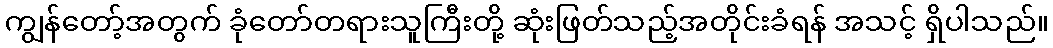
ကျွန်တော့်အတွက် ခုံတော်တရားသူကြီးတို့ ဆုံးဖြတ်သည့်အတိုင်းခံရန် အသင့် ရှိပါသည်။